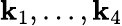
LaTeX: \mathbf{k}_{1},...,\mathbf{k}_{4}